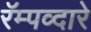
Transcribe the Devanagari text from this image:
रॅम्पव्दारे